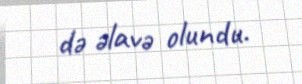
də əlavə olundu.